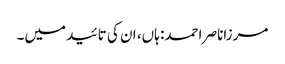
مرزاناصر احمد: ہاں، ان کی تائید میں۔